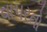
વાપરતો